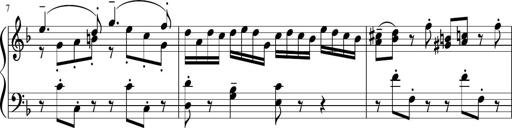
Title: Sonatina 1
Composer: Claudio Macchi
Key: F major